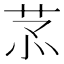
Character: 𦮡